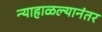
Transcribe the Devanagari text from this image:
न्याहाळल्यानंतर